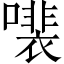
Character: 𫬍